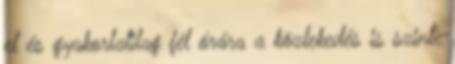
el és gyakorlatilag fél órára a közlekedés is szinte